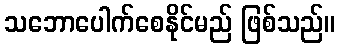
သဘောပေါက်စေနိုင်မည် ဖြစ်သည်။